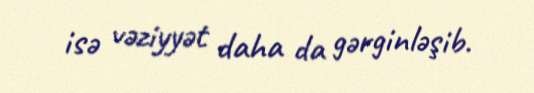
isə vəziyyət daha da gərginləşib.